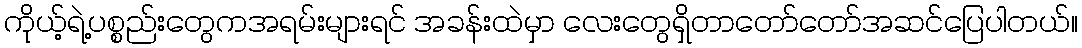
ကိုယ့်ရဲ့ပစ္စည်းတွေကအရမ်းများရင် အခန်းထဲမှာ လေးတွေရှိတာတော်တော်အဆင်ပြေပါတယ်။